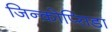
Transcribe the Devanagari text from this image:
जिन्कोप्सिडा